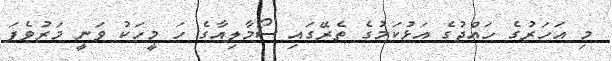
މި އަހަރުގެ ހައްޖުގެ އަޅުކަމުގެ ތެރޭގައި ސޯމާލިއާގެ ހަ މީހަކު ވަނީ މަރުވެފަ